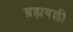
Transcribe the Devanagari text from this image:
ब्रह्मवल्ली